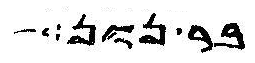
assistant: בר נון